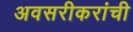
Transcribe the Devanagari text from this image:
अवसरीकरांची